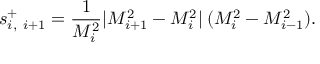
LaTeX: s _ { i , \ i + 1 } ^ { + } = \frac { 1 } { M _ { i } ^ { 2 } } | M _ { i + 1 } ^ { 2 } - M _ { i } ^ { 2 } | \: ( M _ { i } ^ { 2 } - M _ { i - 1 } ^ { 2 } ) .